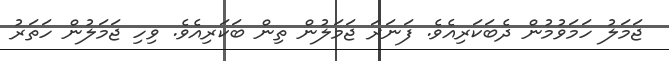
ޖަމަލު ހަމަވުމުން ދެބަކަރިއެވެ. ފަނަރަ ޖަމަލުން ތިން ބަކަރިއެވެ. ވިހި ޖަމަލުން ހަތަރު